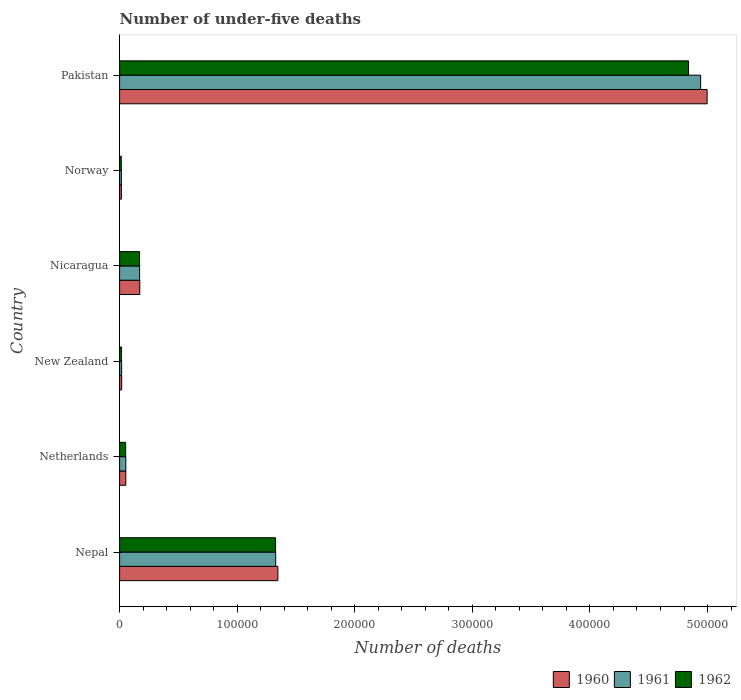
| Country | 1960 | 1961 | 1962 |
 | --- | --- | --- | --- |
 | Nepal | 1.35e+05 | 1.33e+05 | 1.33e+05 |
 | Netherlands | 5.28e+03 | 5.29e+03 | 5.15e+03 |
 | New Zealand | 1.77e+03 | 1.72e+03 | 1.65e+03 |
 | Nicaragua | 1.72e+04 | 1.7e+04 | 1.7e+04 |
 | Norway | 1.5e+03 | 1.48e+03 | 1.42e+03 |
 | Pakistan | 5e+05 | 4.94e+05 | 4.84e+05 |